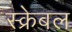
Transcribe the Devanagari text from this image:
स्क्रेबल